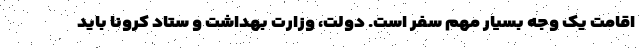
اقامت یک وجه بسیار مهم سفر است. دولت، وزارت بهداشت و ستاد کرونا باید